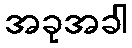
အခုအခါ